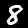
Digit: 8